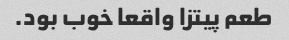
طعم پیتزا واقعا خوب بود.